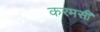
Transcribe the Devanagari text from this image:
करमसी